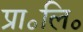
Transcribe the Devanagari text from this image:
प्रा॰लि॰